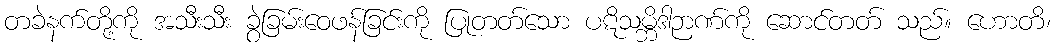
တခဲနက်တို့ကို အသီးသီး ခွဲခြမ်းဝေဖန်ခြင်းကို ပြုတတ်သော ပဋိသမ္ဘိဒါဉာဏ်ကို ဆောင်တတ် သည်။ ဟောတိ၊